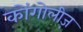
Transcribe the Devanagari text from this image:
कोंगोलीज़